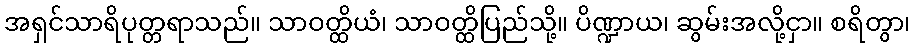
အရှင်သာရိပုတ္တရာသည်။ သာဝတ္ထိယံ၊ သာဝတ္ထိပြည်သို့။ ပိဏ္ဍာယ၊ ဆွမ်းအလို့ငှာ။ စရိတွာ၊